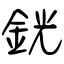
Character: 銧